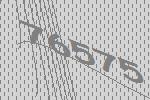
76575